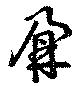
鼐